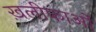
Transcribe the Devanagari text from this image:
ख़लीफाओं